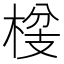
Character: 𮲴